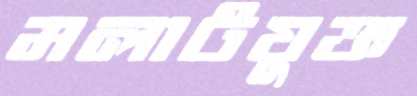
মলাটযুক্ত